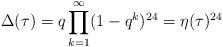
LaTeX: \begin{align*}\Delta(\tau) = q\prod_{k=1}^\infty(1 - q^k)^{24} = \eta(\tau)^{24}\end{align*}